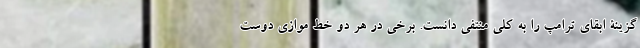
گزینۀ ابقای ترامپ را به کلی منتفی دانست. برخی در هر دو خط موازی دوست